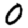
Digit: 0